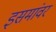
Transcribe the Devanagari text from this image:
इसमांवर